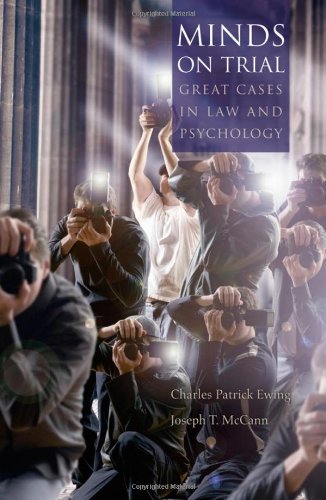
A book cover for Minds on Trial: Great Cases in Law and Psychology; Charles Patrick Ewing; Medical Books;